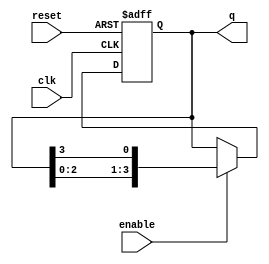
module ring_counter #(
    parameter N = 4 // Number of flip-flops (states)
)(
    input wire clk,         // Clock signal
    input wire reset,       // Asynchronous reset
    input wire enable,      // Clock enable
    output reg [N-1:0] q    // Output state of the ring counter
);

    // Initialize the counter
    initial begin
        q = 1'b1; // Start with the first flip-flop set to '1'
    end

    always @(posedge clk or posedge reset) begin
        if (reset) begin
            q <= 1'b1; // Reset to initial state
        end else if (enable) begin
            // Shift the '1' to the right
            q <= {q[N-2:0], q[N-1]}; // Shift right
        end
    end

endmodule